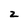
Character: 2